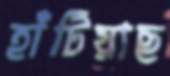
হাঁটিয়াছ